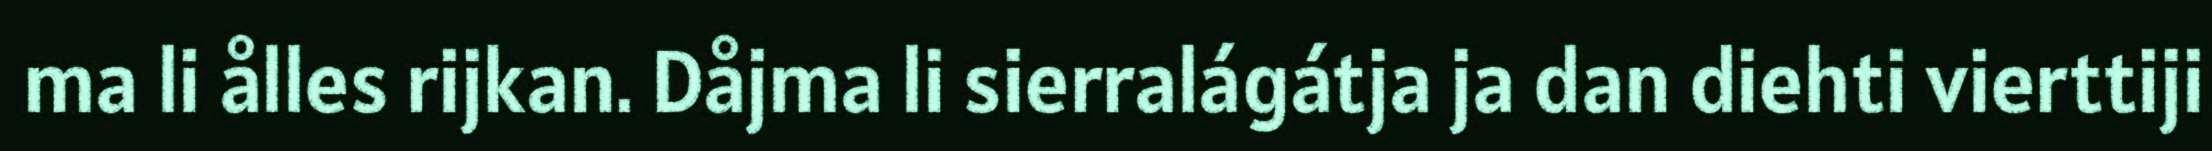
ma li ålles rijkan. Dåjma li sierralágátja ja dan diehti vierttiji